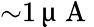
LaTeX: {\sim}1\, \upmu\mathrm{~A~}